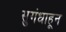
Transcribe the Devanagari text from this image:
सुगंधाहून